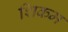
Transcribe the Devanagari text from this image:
शिकम